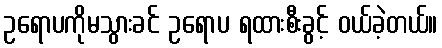
ဥရောပကိုမသွားခင် ဥရောပ ရထားစီးခွင့် ဝယ်ခဲ့တယ်။